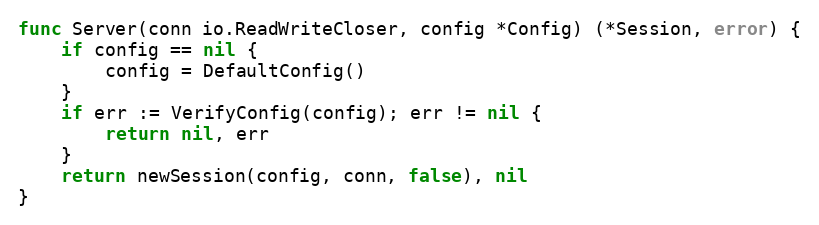
Language: Go
func Server(conn io.ReadWriteCloser, config *Config) (*Session, error) {
	if config == nil {
		config = DefaultConfig()
	}
	if err := VerifyConfig(config); err != nil {
		return nil, err
	}
	return newSession(config, conn, false), nil
}